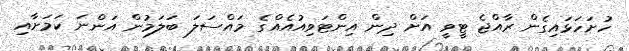
ހުށަހަޅައިގެން ރާއްޖެ ޓީވީ އަށް ދިން އިންޓަވިއުއެއްގެ މައްސަލަ ބަލަމުން އަންނަ ކަމަށާއި